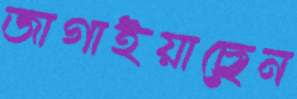
জাগাইয়াছেন